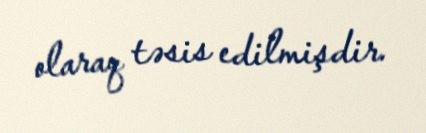
olaraq təsis edilmişdir.